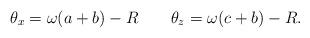
LaTeX: \begin{align*} \theta_x=\omega(a+b)-R\quad\quad\theta_z=\omega(c+b)-R.\end{align*}